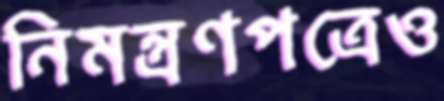
নিমন্ত্রণপত্রেও